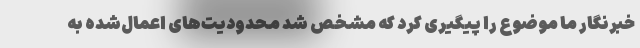
خبرنگار ما موضوع را پیگیری کرد که مشخص شد محدودیت‌های اعمال‌شده به